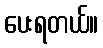
ပေးရတယ်။